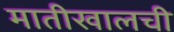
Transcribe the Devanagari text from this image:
मातीखालची